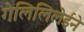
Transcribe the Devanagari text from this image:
गेलिलिलेईने